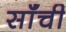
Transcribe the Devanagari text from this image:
सॉंची